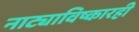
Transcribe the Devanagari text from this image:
नाट्याविष्कारही